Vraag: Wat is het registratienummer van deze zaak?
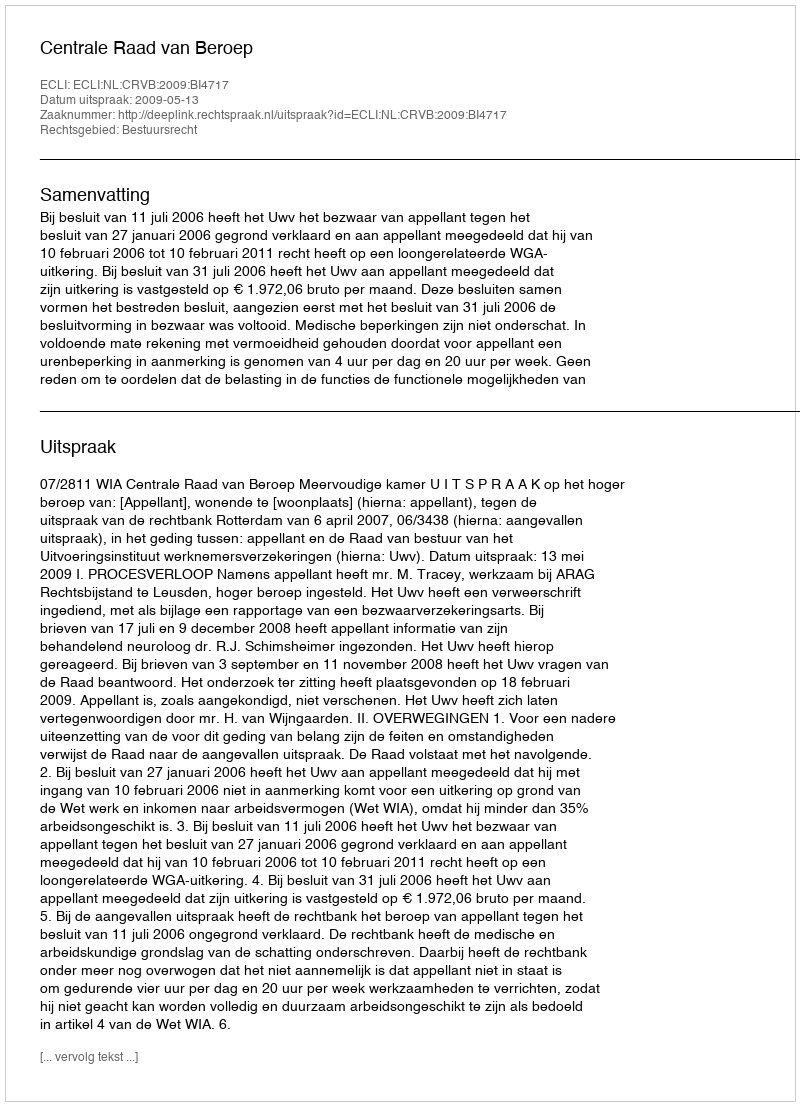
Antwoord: http://deeplink.rechtspraak.nl/uitspraak?id=ECLI:NL:CRVB:2009:BI4717